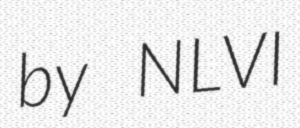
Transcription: by NLVI